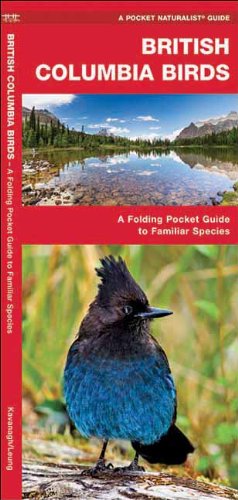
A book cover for British Columbia Birds: A Folding Pocket Guide to Familiar Species (Pocket Naturalist Guide Series); James Kavanagh; Travel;